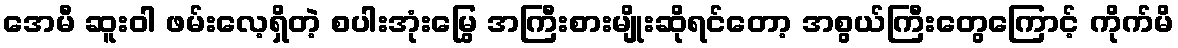
အေမီ ဆူးဝါ ဖမ်းလေ့ရှိတဲ့ စပါးအုံးမြွေ အကြီးစားမျိုးဆိုရင်တော့ အစွယ်ကြီးတွေကြောင့် ကိုက်မိ